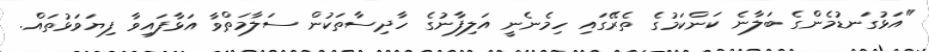
"އަޅުގަނޑުމެންގެ ބަލާނެ ކަންކަމުގެ ތެރޭގައި ހިމެނެނީ އަލިފާނުގެ ހާދިސާތަކުން ސަލާމަތްވާ އަޅާފައިވާ ފިޔަވަޅުތައް.